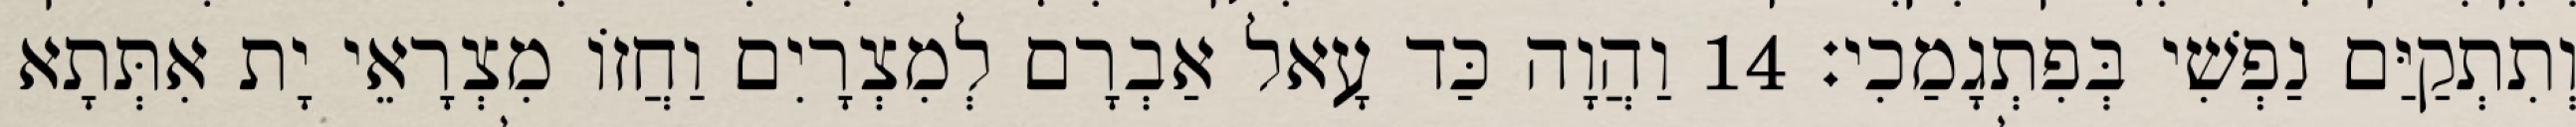
וְתִתְקַיַּם נַפְשִׁי בְּפִתְגָמַכִי׃ 14 וַהֲוָה כַּד עָאל אַבְרָם לְמִצְרָיִם וַחֲזוֹ מִצְרָאֵי יָת אִתְּתָא